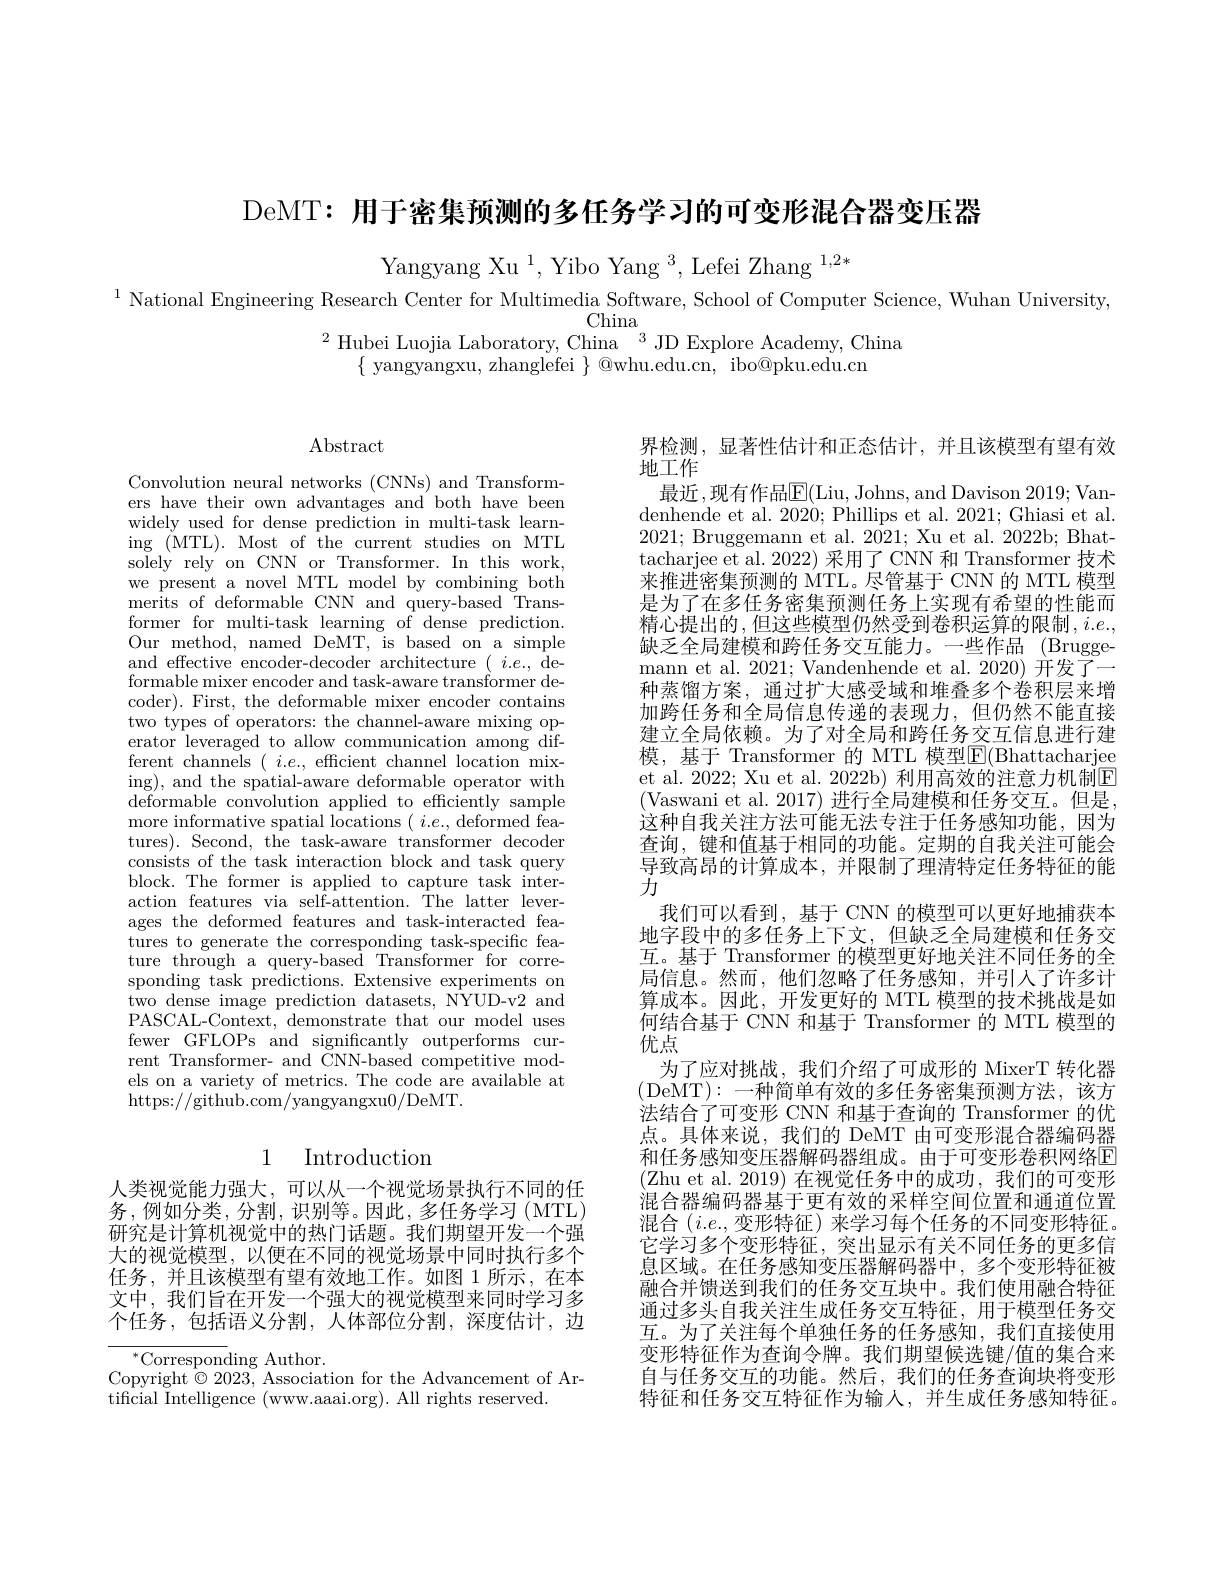
DeMT: 用于密集预测的多任务学习的可变形混合器变压器

Yangyang Xu $^1,\text{Yibo Yang}^3,\text{Lefei Zhang}^{1,2*}$
$^{1}$ National Engineering Research Center for Multimedia Software, School of Computer Science, Wuhan University,
China

$^{2}$Hubei Luojia Laboratory, China$^3$JDExplore Academy, China
$\{$ yangyangxu, zhanglefei $\}$ @whu.edu.cn, ibo@pku.edu.cn

$\operatorname{Abstract}$

Convolution neural networks (CNNs) and Transformers have their own advantages and both have been widely used for dense prediction in multi-task learning ( MTL) . Most of the current studies on MTL solely rely on CNN or Transformer. In this work, we present a novel MTL model by combining both merits of deformable CNN and query-based Transformer for multi-task learning of dense prediction. Our method, named DeMT, is based on a simple and effective encoder-decoder architecture $(i.e.$, deformable mixer encoder and task-aware transformer decoder). First, the deformable mixer encoder contains two types of operators: the channel-aware mixing operator leveraged to allow communication among different channels $(\begin{array}{c}i.e.,&\mathrm{efficient~channel~location~mix-}\end{array}$ ing), and the spatial-aware deformable operator with deformable convolution applied to efficiently sample more informative spatial locations $(i.e.$,deformed features). Second, the task-aware transformer decoder consists of the task interaction block and task query block. The former is applied to capture task interaction features via self-attention. The latter leverages the deformed features and task-interacted features to generate the corresponding task-specific feature through a query-based Transformer for corresponding task predictions. Extensive experiments on two dense image prediction datasets, NYUD-v2 and PASCAL-Context, demonstrate that our model uses fewer GFLOPs and significantly outperforms current Transformer- and $\bar{\text{CNN-based competitive mod-}}$ els on a variety of metrics. The code are available at https://github.com/yangyangxu0/DeMT.

# 1 Introduction

人类视觉能力强大，可以从一个视觉场景执行不同的任务，例如分类，分割，识别等。因此，多任务学习(MTL) 研究是计算机视觉中的热门话题。我们期望开发一个强大的视觉模型，以便在不同的视觉场景中同时执行多个任务，并且该模型有望有效地工作。如图 1 所示，在本文中，我们旨在开发一个强大的视觉模型来同时学习多个任务，包括语义分割，人体部位分割，深度估计，边

$^{*}$Corresponding Author.
Copyright$\stackrel{\circ}\odot2023$,Association for the Advancement of Ar-
tificial Intelligence (www.aaai.org). All rights reserved.

界检测，显著性估计和正态估计，并且该模型有望有效
地工作
最近，现有作品$\mathbb{E}($Liu,Johns,and Davison 2019;Vandenhende et al. 2020; Phillips et al. 2021; Ghiasi et al. 2021; Bruggemann et al. 2021; Xu et al. 2022b; Bhattacharjee et al. 2022) 采用了CNN 和 Transformer 技术来推进密集预测的 MTL。尽管基于 CNN 的 MTL 模型是为了在多任务密集预测任务上实现有希望的性能而精心提出的，但这些模型仍然受到卷积运算的限制$,i.e.$, 缺乏全局建模和跨任务交互能力。一些作品 (Bruggemann et al. 2021; Vandenhende et al. 2020) 开发了一种蒸馏方案，通过扩大感受域和堆叠多个卷积层来增加跨任务和全局信息传递的表现力，但仍然不能直接建立全局依赖。为了对全局和跨任务交互信息进行建模，基于 Transformer 的 MTL 模型$\boxed{\mathrm{F}}($Bhattacharjee et al. 2022; Xu et al. 2022b) 利用高效的注意力机制$\boxed{\mathrm{E}}$ (Vaswani et al. 2017) 进行全局建模和任务交互。但是， 这种自我关注方法可能无法专注于任务感知功能，因为查询，键和值基于相同的功能。定期的自我关注可能会导致高昂的计算成本，并限制了理清特定任务特征的能力
我们可以看到，基于 CNN 的模型可以更好地捕获本地字段中的多任务上下文，但缺乏全局建模和任务交互。基于 Transformer 的模型更好地关注不同任务的全局信息。然而，他们忽略了任务感知，并引人了许多计算成本。因此，开发更好的 MTL 模型的技术挑战是如何结合基于 CNN 和基于 Transformer 的 MTL 模型的优点
为了应对挑战，我们介绍了可成形的 MixerT 转化器(DeMT):-种简单有效的多任务密集预测方法，该方法结合了可变形 CNN 和基于查询的 Transformer 的优点。具体来说，我们的 DeMT 由可变形混合器编码器和任务感知变压器解码器组成。由于可变形卷积网络E (Zhu et al. 2019) 在视觉任务中的成功，我们的可变形混合器编码器基于更有效的采样空间位置和通道位置混合 $(i.e.$,变形特征)来学习每个任务的不同变形特征。它学习多个变形特征，突出显示有关不同任务的更多信息区域。在任务感知变压器解码器中，多个变形特征被融合并馈送到我们的任务交互块中。我们使用融合特征通过多头自我关注生成任务交互特征，用于模型任务交互。为了关注每个单独任务的任务感知，我们直接使用变形特征作为查询令牌。我们期望候选键/值的集合来自与任务交互的功能。然后，我们的任务查询块将变形特征和任务交互特征作为输人，并生成任务感知特征。